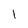
Character: I